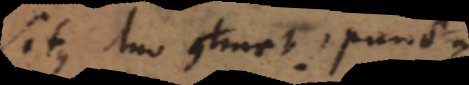
Situs duo continet, puncta